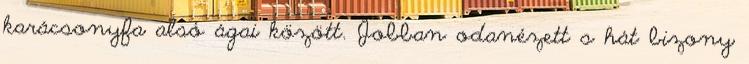
karácsonyfa alsó ágai között. Jobban odanézett s hát bizony